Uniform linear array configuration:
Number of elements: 24
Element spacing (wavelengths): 0.75
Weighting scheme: hamming
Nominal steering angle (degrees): -30
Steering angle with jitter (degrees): -29.314
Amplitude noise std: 0.05
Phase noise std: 0.05

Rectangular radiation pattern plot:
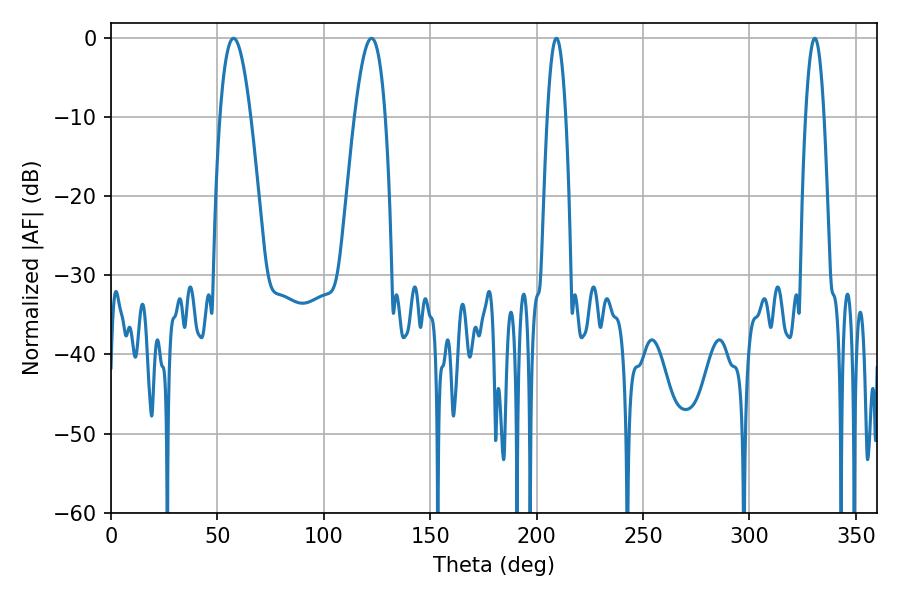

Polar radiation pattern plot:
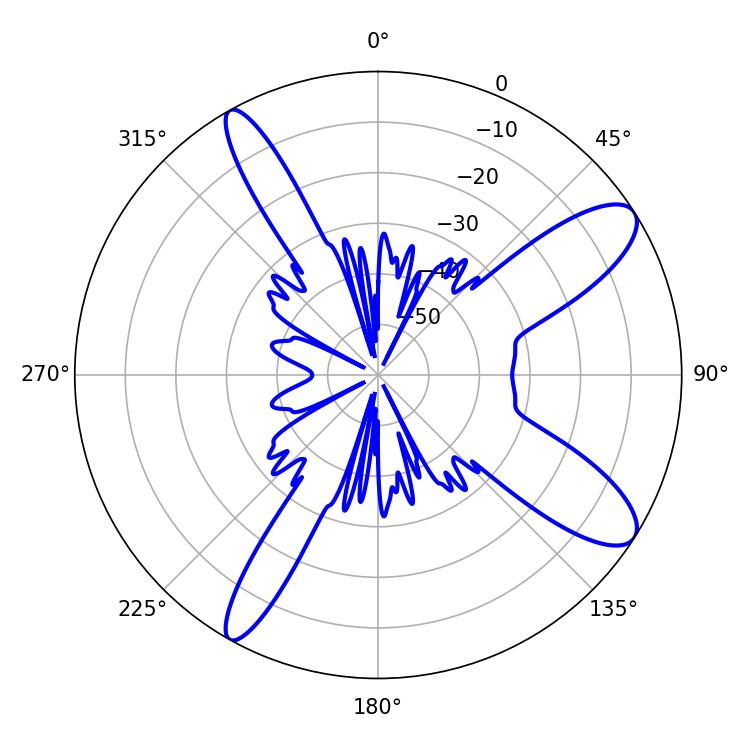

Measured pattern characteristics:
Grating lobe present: TRUE
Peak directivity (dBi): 10.835
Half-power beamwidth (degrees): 7.92
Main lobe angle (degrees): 57.6